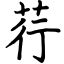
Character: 荇